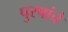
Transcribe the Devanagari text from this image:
पुरषांचे